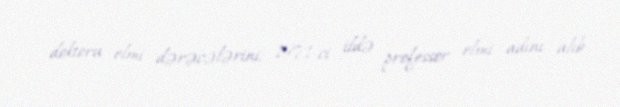
doktoru elmi dərəcələrini, 1971-ci ildə professor elmi adını alıb.